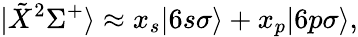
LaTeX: |\tilde{X}^{2}\Sigma^{+}\rangle\approx x_{s}|6s\sigma\rangle+x_{p}|6p\sigma\rangle,